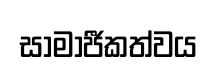
සාමාජීකත්වය